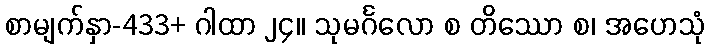
စာမျက်နှာ-433+ ဂါထာ ၂၄။ သုမင်္ဂလော စ တိဿော စ၊ အဟေသုံ